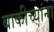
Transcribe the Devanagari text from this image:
बाकीच्यांना